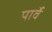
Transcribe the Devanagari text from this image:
पार्वे